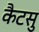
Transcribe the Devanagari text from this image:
कैटसु